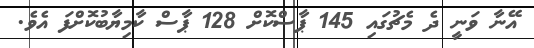
އޭނާ ވަނީ ދެ މެޗުގައި 145 ޕާސްކޮށް 128 ޕާސް ކާމިޔާބުކޮށްފަ އެވެ.